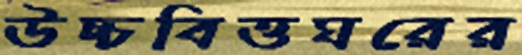
উচ্চবিত্তঘরের